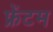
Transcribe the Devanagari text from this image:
फ्रेंटम